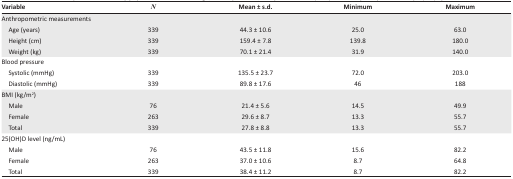
| Variable | N | Mean ± s.d. | Minimum | Maximum |
 | --- | --- | --- | --- | --- |
 | <COLSPAN=5> Anthropometric measurements |
 | Age (years) | 339 | 44.3 ± 10.6 | 25.0 | 63.0 |
 | Height (cm) | 339 | 159.4 ± 7.8 | 139.8 | 180.0 |
 | Weight (kg) | 339 | 70.1 ± 21.4 | 31.9 | 140.0 |
 | <COLSPAN=5> Blood pressure |
 | Systolic (mmHg) | 339 | 135.5 ± 23.7 | 72.0 | 203.0 |
 | Diastolic (mmHg) | 339 | 89.8 ± 17.6 | 46 | 188 |
 | <COLSPAN=5> BMI (kg/m2) |
 | Male | 76 | 21.4 ± 5.6 | 14.5 | 49.9 |
 | Female | 263 | 29.6 ± 8.7 | 13.3 | 55.7 |
 | Total | 339 | 27.8 ± 8.8 | 13.3 | 55.7 |
 | <COLSPAN=5> 25(OH)D level (ng/mL) |
 | Male | 76 | 43.5 ± 11.8 | 15.6 | 82.2 |
 | Female | 263 | 37.0 ± 10.6 | 8.7 | 64.8 |
 | Total | 339 | 38.4 ± 11.2 | 8.7 | 82.2 |